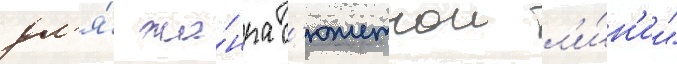
дл'я́ жа́нра с'южетнои л'и́н'ии"